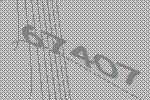
67407